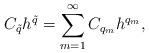
LaTeX: \begin{align*} C_{\Tilde{q}} h^{\Tilde{q}} = \sum_{m=1}^{\infty} C_{q_m} h^{q_m},\end{align*}